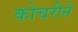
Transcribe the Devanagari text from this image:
कोचरीने